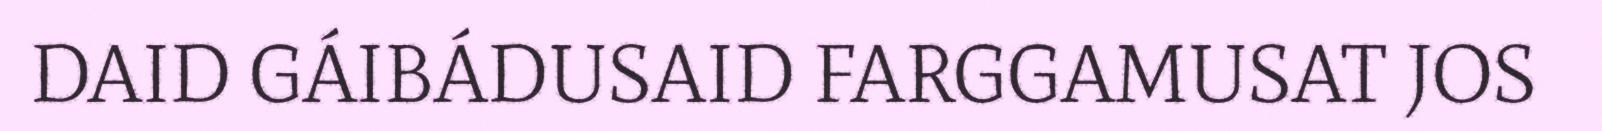
DAID GÁIBÁDUSAID FARGGAMUSAT JOS